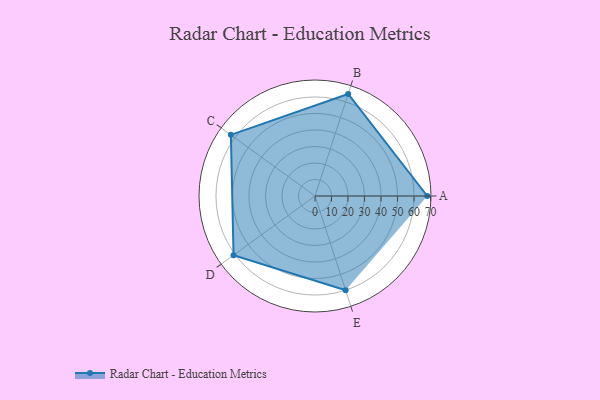
{"axis": {"x": "Skill", "y": "Score"}, "legend": ["Profile"], "data": [{"x": "A", "y": 68.0, "type": "Profile"}, {"x": "B", "y": 65.0, "type": "Profile"}, {"x": "C", "y": 63.0, "type": "Profile"}, {"x": "D", "y": 61.0, "type": "Profile"}, {"x": "E", "y": 60.0, "type": "Profile"}]}